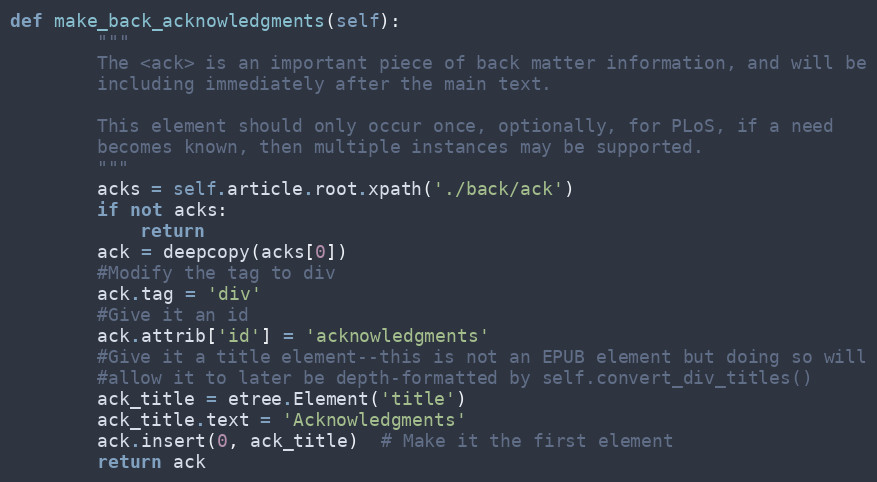
Language: Python
def make_back_acknowledgments(self):
        """
        The <ack> is an important piece of back matter information, and will be
        including immediately after the main text.

        This element should only occur once, optionally, for PLoS, if a need
        becomes known, then multiple instances may be supported.
        """
        acks = self.article.root.xpath('./back/ack')
        if not acks:
            return
        ack = deepcopy(acks[0])
        #Modify the tag to div
        ack.tag = 'div'
        #Give it an id
        ack.attrib['id'] = 'acknowledgments'
        #Give it a title element--this is not an EPUB element but doing so will
        #allow it to later be depth-formatted by self.convert_div_titles()
        ack_title = etree.Element('title')
        ack_title.text = 'Acknowledgments'
        ack.insert(0, ack_title)  # Make it the first element
        return ack